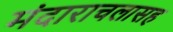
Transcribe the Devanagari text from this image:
मंदाराचलासह